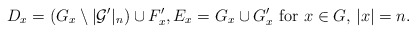
\begin{align*} D_x = (G_x \setminus |\mathcal{G}'|_n) \cup F'_x, E_x = G_x \cup G'_x \textrm{ for } x \in G, \, |x| = n. \end{align*}